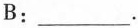
B: ___.